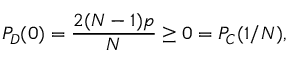
P _ { D } ( 0 ) = \frac { 2 ( N - 1 ) p } { N } \geq 0 = P _ { C } ( 1 / N ) ,